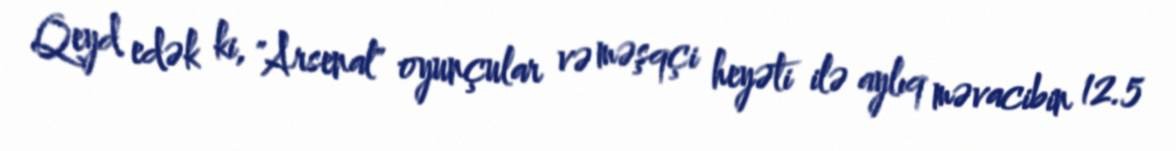
Qeyd edək ki, "Arsenal" oyunçular və məşqçi heyəti ilə aylıq məvacibin 12.5